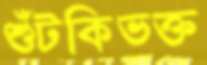
শুঁটকিভক্ত